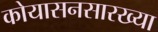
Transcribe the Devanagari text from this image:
कोयासनसारख्या